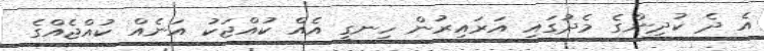
އެ ދެ ކުދިންގެ މެދުގައި އަރައިރުން ހިނގީ އެއް ކުއްޖަކު އަނެއް ކުއްޖެއްގެ